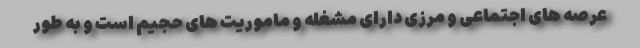
عرصه های اجتماعی و مرزی دارای مشغله و ماموریت های حجیم است و به طور